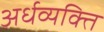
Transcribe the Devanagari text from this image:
अर्धव्यक्ति